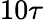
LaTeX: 10\tau